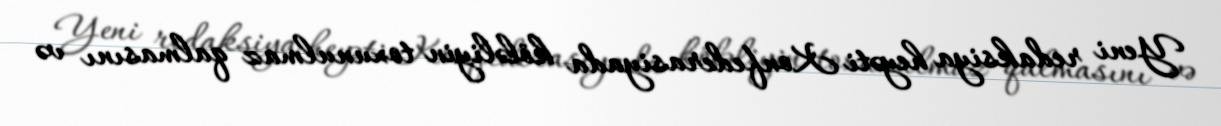
Yeni redaksiya heyəti Konfederasiyada köləliyin toxunulmaz qalmasını və